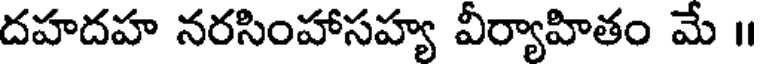
దహదహ నరసింహాసహ్య వీర్యాహితం మే ॥